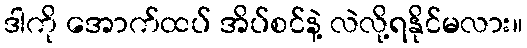
ဒါကို အောက်ထပ် အိပ်စင်နဲ့ လဲလို့ရနိုင်မလား။